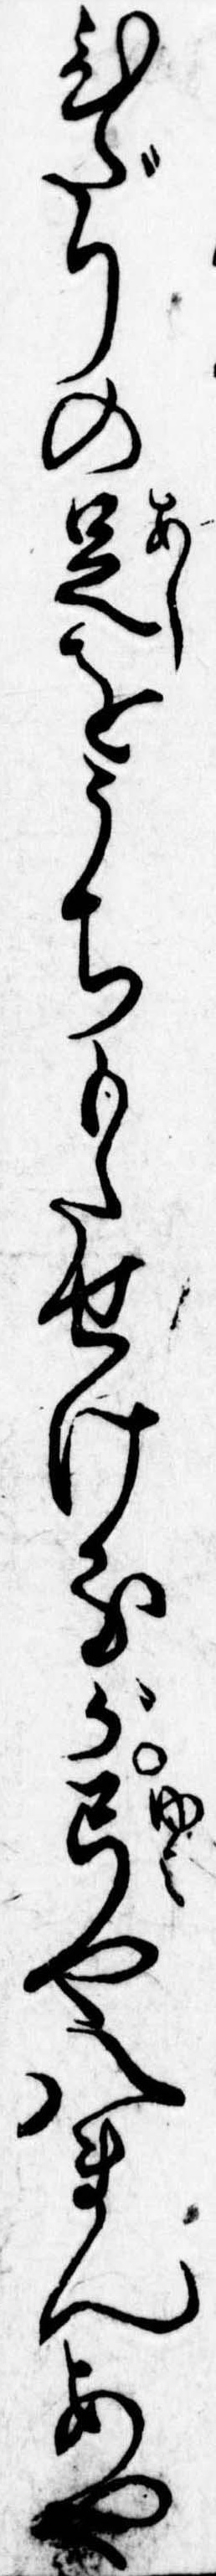
ひだりの足をうちもたせけるが弓や八まんあや